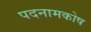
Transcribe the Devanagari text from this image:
पदनामकोष